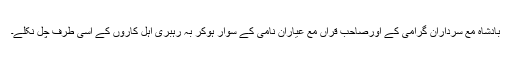
بادشاہ مع سردارانِ گرامی کے اورصاحب قراں مع عیارانِ نامی کے سوار ہوکر بہ رہبری اہل کاروں کے اسی طرف چل نکلے۔